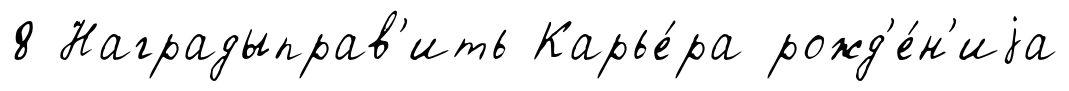
8 Наградыправ'ить Карье́ра рожд'е́н'иjа